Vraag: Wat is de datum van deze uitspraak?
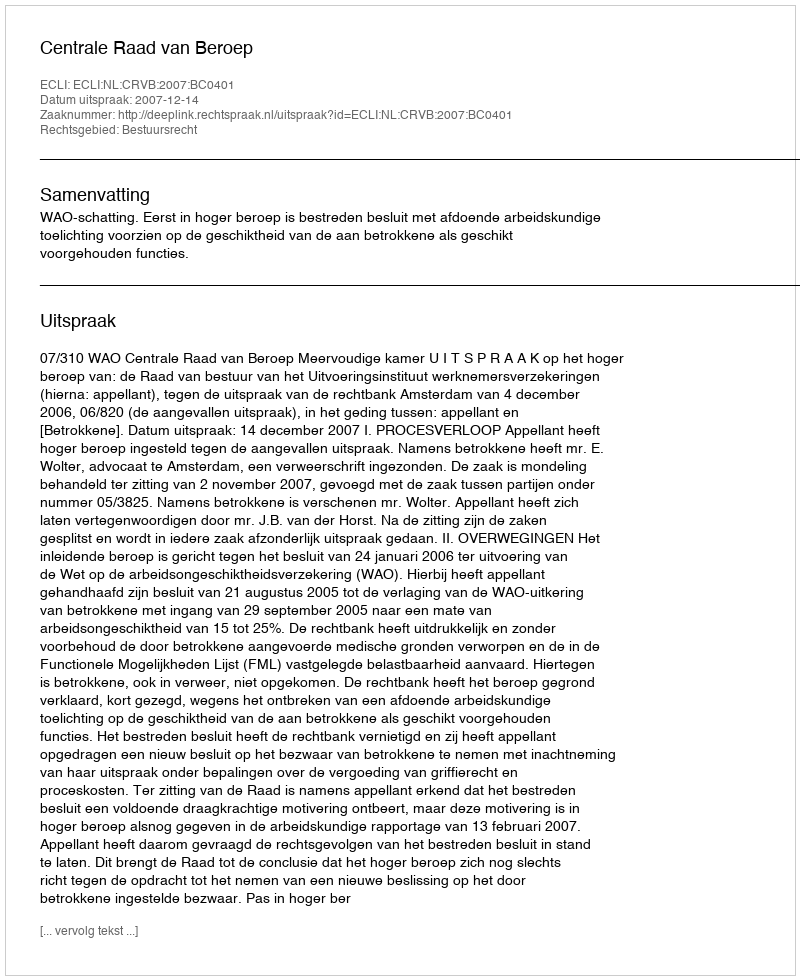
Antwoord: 2007-12-14